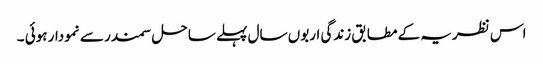
اس نظریہ کے مطابق زندگی اربوں سال پہلے ساحل سمندر سے نمودار ہوئی ۔